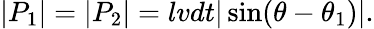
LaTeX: |P_{1}|=|P_{2}|=lvdt|\sin(\theta-\theta_{1})|.